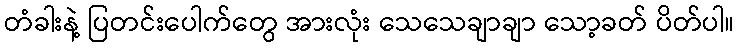
တံခါးနဲ့ ပြတင်းပေါက်တွေ အားလုံး သေသေချာချာ သော့ခတ် ပိတ်ပါ။